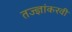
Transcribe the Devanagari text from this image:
तज्ज्ञांकरवी